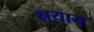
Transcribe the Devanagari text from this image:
क्षयाय